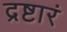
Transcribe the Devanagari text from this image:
द्रष्टारं